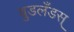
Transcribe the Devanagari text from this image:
वुडलँडस्